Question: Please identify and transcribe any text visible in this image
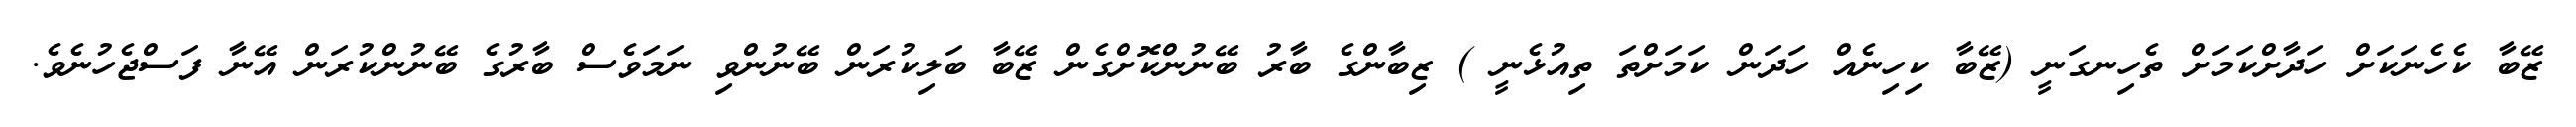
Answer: ޒޭބާ ކެހެނަކަށް ހަދާށްކަމަށް ތެހިނގަނީ (ޒޭބާ ކިހިނެއް ހަދަން ކަމަށްތަ ތިއުޅެނީ ) ޒިބާންގެ ބާރު ބޭނުންކޮށްގެން ޒޭބާ ބަލިކުރަން ބޭނުންވި ނަމަވެސް ބާރުގެ ބޭނުންކުރަން އޭނާ ފަސްޖެހުނެވެ.